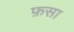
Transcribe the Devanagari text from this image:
फ़सा